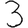
Digit: 3